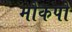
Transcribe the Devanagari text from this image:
मोकपो